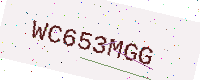
Text: WC653MGG